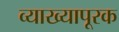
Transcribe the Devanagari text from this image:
व्याख्यापूरक